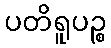
ပတိရူပဉ္စ